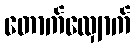
တောက်လျှောက်